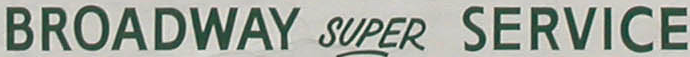
BROADWAY SUPER SERVICE